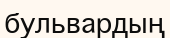
бульвардың